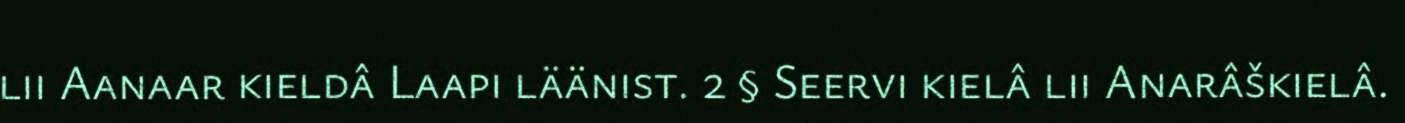
lii Aanaar kieldâ Laapi läänist. 2 § Seervi kielâ lii Anarâškielâ.